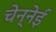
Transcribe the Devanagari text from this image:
चेन्नेई